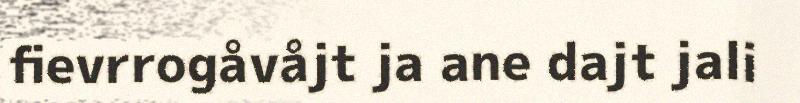
fievrrogåvåjt ja ane dajt jali